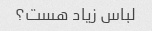
لباس زیاد هست؟